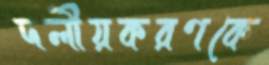
দলীয়করণকে